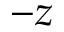
- z